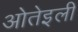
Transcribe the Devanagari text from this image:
ओतेइली